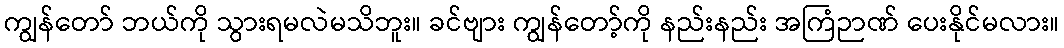
ကျွန်တော် ဘယ်ကို သွားရမလဲမသိဘူး။ ခင်ဗျား ကျွန်တော့်ကို နည်းနည်း အကြံဉာဏ် ပေးနိုင်မလား။